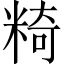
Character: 𥺿